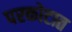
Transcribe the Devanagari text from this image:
परकोटात